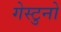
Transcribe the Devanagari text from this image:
गेस्टुनो